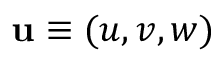
\mathbf { u } \equiv ( u , v , w )